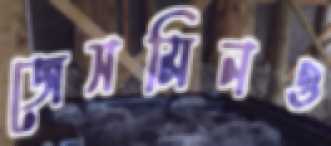
জেসমিনও